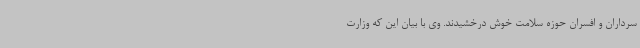
سرداران و افسران حوزه سلامت خوش درخشیدند. وی با بیان این که وزارت